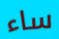
ساء